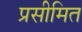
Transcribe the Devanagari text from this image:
प्रसीमित